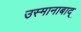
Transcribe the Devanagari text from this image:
उस्मानाबाद्